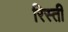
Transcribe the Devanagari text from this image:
रिस्ती